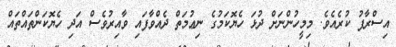
އިސްރާފު ކުރެއެވެ. މިމީހުންނަށް ދުޅަ ހެޔޮކަމުގެ ނިޢުމަތް ދެއްވާފައި ވާއިރުވެސް އަދި ހެޔޮކަންތައްތައް